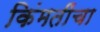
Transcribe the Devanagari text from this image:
किंमतींचा